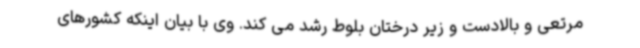
مرتعی و بالادست و زیر درختان بلوط رشد می کند. وی با بیان اینکه کشورهای